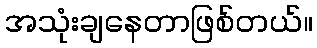
အသုံးချနေတာဖြစ်တယ်။